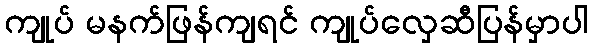
ကျုပ် မနက်ဖြန်ကျရင် ကျုပ်လှေဆီပြန်မှာပါ